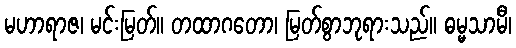
မဟာရာဇ၊ မင်းမြတ်။ တထာဂတော၊ မြတ်စွာဘုရားသည်။ ဓမ္မသာမီ၊